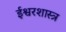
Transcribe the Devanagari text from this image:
ईश्वरशास्त्र